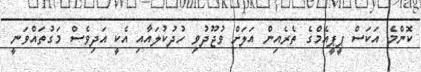
ކޮންމެ އަކަސް ޕީޕީއެމްގެ ތެރެއިން އަލަށް ވުޖޫދުވި ހުދުކުލައާއި އެކީ އަދިވެސް މަގުތައްވަނީ